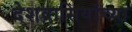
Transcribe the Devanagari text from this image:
देशवासियांच्या